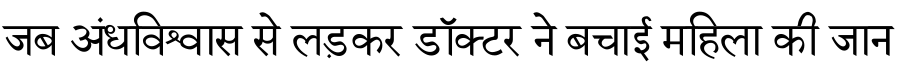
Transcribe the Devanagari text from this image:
जब अंधविश्वास से लड़कर डॉक्टर ने बचाई महिला की जान